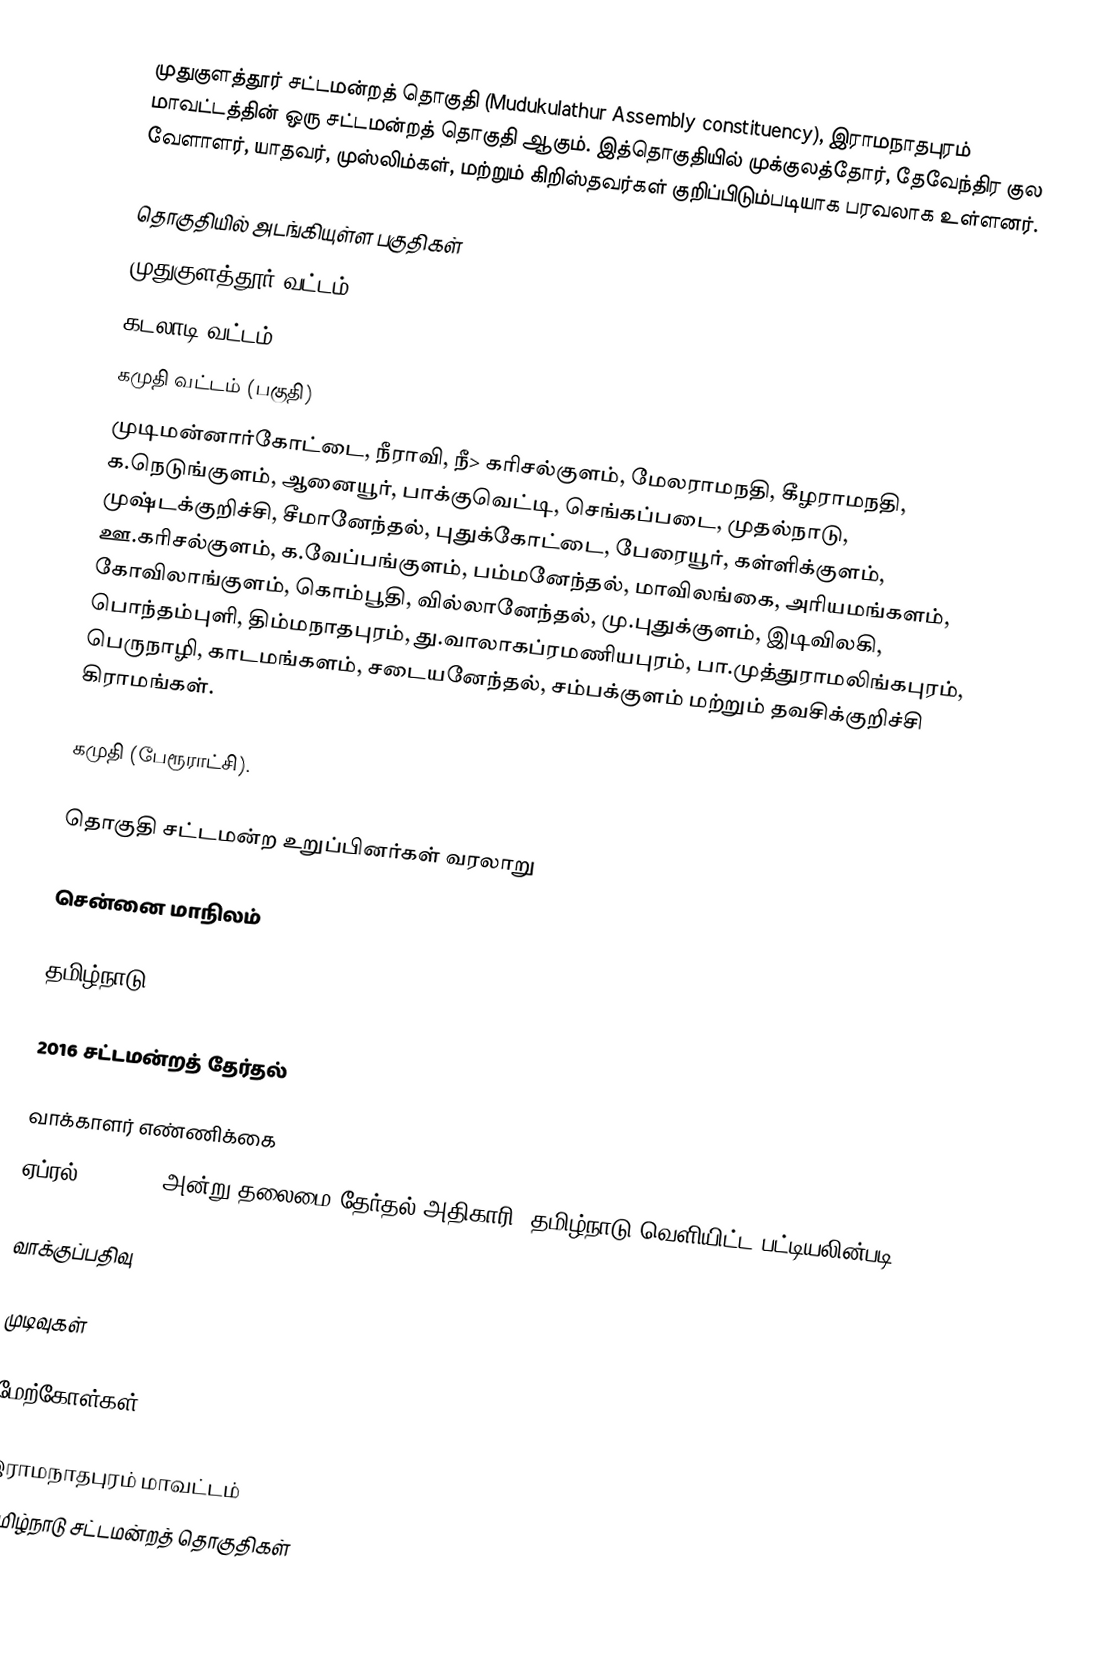
முதுகுளத்தூர் சட்டமன்றத் தொகுதி (Mudukulathur Assembly constituency), இராமநாதபுரம் மாவட்டத்தின் ஒரு சட்டமன்றத் தொகுதி ஆகும். இத்தொகுதியில் முக்குலத்தோர், தேவேந்திர குல வேளாளர், யாதவர், முஸ்லிம்கள், மற்றும் கிறிஸ்தவர்கள் குறிப்பிடும்படியாக பரவலாக உள்ளனர்.

தொகுதியில் அடங்கியுள்ள பகுதிகள்
 முதுகுளத்தூர் வட்டம்
 கடலாடி வட்டம்
 கமுதி வட்டம் (பகுதி)
முடிமன்னார்கோட்டை, நீராவி, நீ> கரிசல்குளம், மேலராமநதி, கீழராமநதி, க.நெடுங்குளம், ஆனையூர், பாக்குவெட்டி, செங்கப்படை, முதல்நாடு, முஷ்டக்குறிச்சி, சீமானேந்தல், புதுக்கோட்டை, பேரையூர், கள்ளிக்குளம், ஊ.கரிசல்குளம், க.வேப்பங்குளம், பம்மனேந்தல், மாவிலங்கை, அரியமங்களம், கோவிலாங்குளம், கொம்பூதி, வில்லானேந்தல், மு.புதுக்குளம், இடிவிலகி, பொந்தம்புளி, திம்மநாதபுரம், து.வாலாகப்ரமணியபுரம், பா.முத்துராமலிங்கபுரம், பெருநாழி, காடமங்களம், சடையனேந்தல், சம்பக்குளம் மற்றும் தவசிக்குறிச்சி கிராமங்கள்.

கமுதி (பேரூராட்சி).

தொகுதி சட்டமன்ற உறுப்பினர்கள் வரலாறு

சென்னை மாநிலம்

தமிழ்நாடு

2016 சட்டமன்றத் தேர்தல்

வாக்காளர் எண்ணிக்கை
ஏப்ரல் 29, 2016 அன்று தலைமை தேர்தல் அதிகாரி, தமிழ்நாடு வெளியிட்ட பட்டியலின்படி,

வாக்குப்பதிவு

முடிவுகள்

மேற்கோள்கள்

இராமநாதபுரம் மாவட்டம்
தமிழ்நாடு சட்டமன்றத் தொகுதிகள்